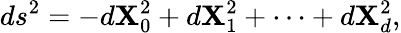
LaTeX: ds^{2}=-d\mathbf{X}_{0}^{2}+d\mathbf{X}_{1}^{2}+\cdots+d\mathbf{X}_{d}^{2},